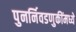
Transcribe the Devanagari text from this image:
पुनर्निवडणुकींमध्ये